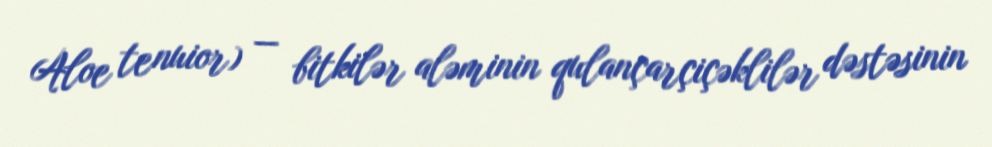
Aloe tenuior) — bitkilər aləminin qulançarçiçəklilər dəstəsinin